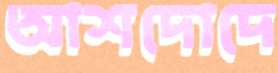
আশদোদে